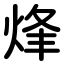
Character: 烽